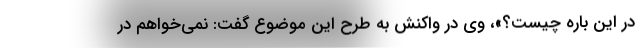
در این باره چیست؟»، وی در واکنش به طرح این موضوع گفت: نمی‌خواهم در